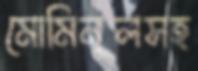
মোমিনুলসহ